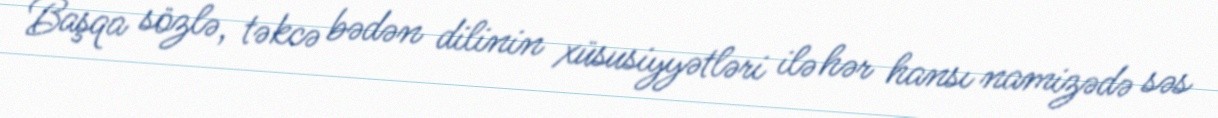
Başqa sözlə, təkcə bədən dilinin xüsusiyyətləri ilə hər hansı namizədə səs